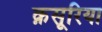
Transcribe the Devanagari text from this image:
क़सूरिया